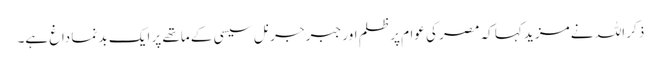
ذکر اللہ نے مزید کہا کہ مصر کی عوام پر ظلم اور جبر جرنل سیسی کے ماتھے پر ایک بد نما داغ ہے۔